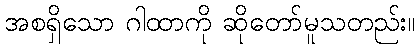
အစရှိသော ဂါထာကို ဆိုတော်မူသတည်း။